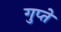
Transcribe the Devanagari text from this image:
गुप्‍ते